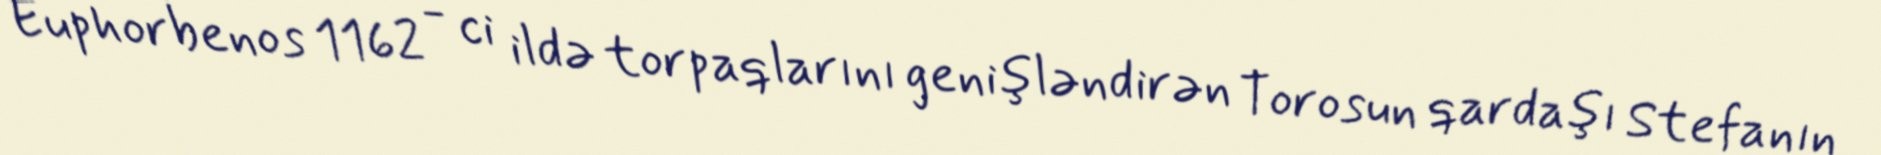
Euphorbenos 1162 - ci ildə torpaqlarını genişləndirən Torosun qardaşı Stefanın